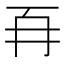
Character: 𭁡